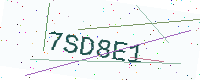
Text: 7SD8E1